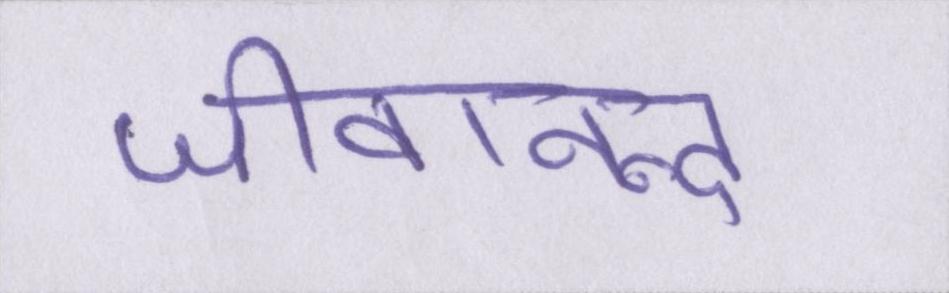
जीवानन्द